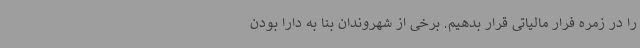
را در زمره فرار مالیاتی قرار بدهیم. برخی از شهروندان بنا به دارا بودن